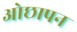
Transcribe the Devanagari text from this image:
ओछापन